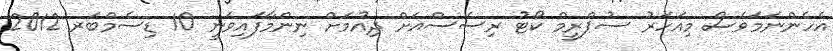
އެހެންނަމަވެސް މިއަހަރު ސުޕްރީމް ކޯޓު ރިސެސްއަށް ދިއުމަށް ނިންމާފައިވަނީ 10 ޑިސެމްބަރ 2012